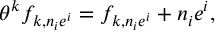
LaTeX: \theta ^ { k } f _ { k , n _ { i } e ^ { i } } = f _ { k , n _ { i } e ^ { i } } + n _ { i } e ^ { i } ,